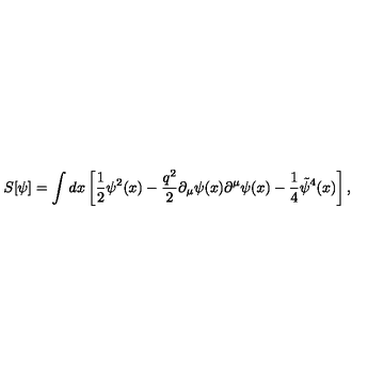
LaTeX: S [ \psi ] = \int d x \left[ \frac 1 2 \psi ^ { 2 } ( x ) - \frac { q ^ { 2 } } { 2 } \partial _ { \mu } \psi ( x ) \partial ^ { \mu } \psi ( x ) - \frac 1 4 \tilde { \psi } ^ { 4 } ( x ) \right] ,